65_HS1-834228961_62-HQ-83894_Section_7
Agency: FBI
Page 120
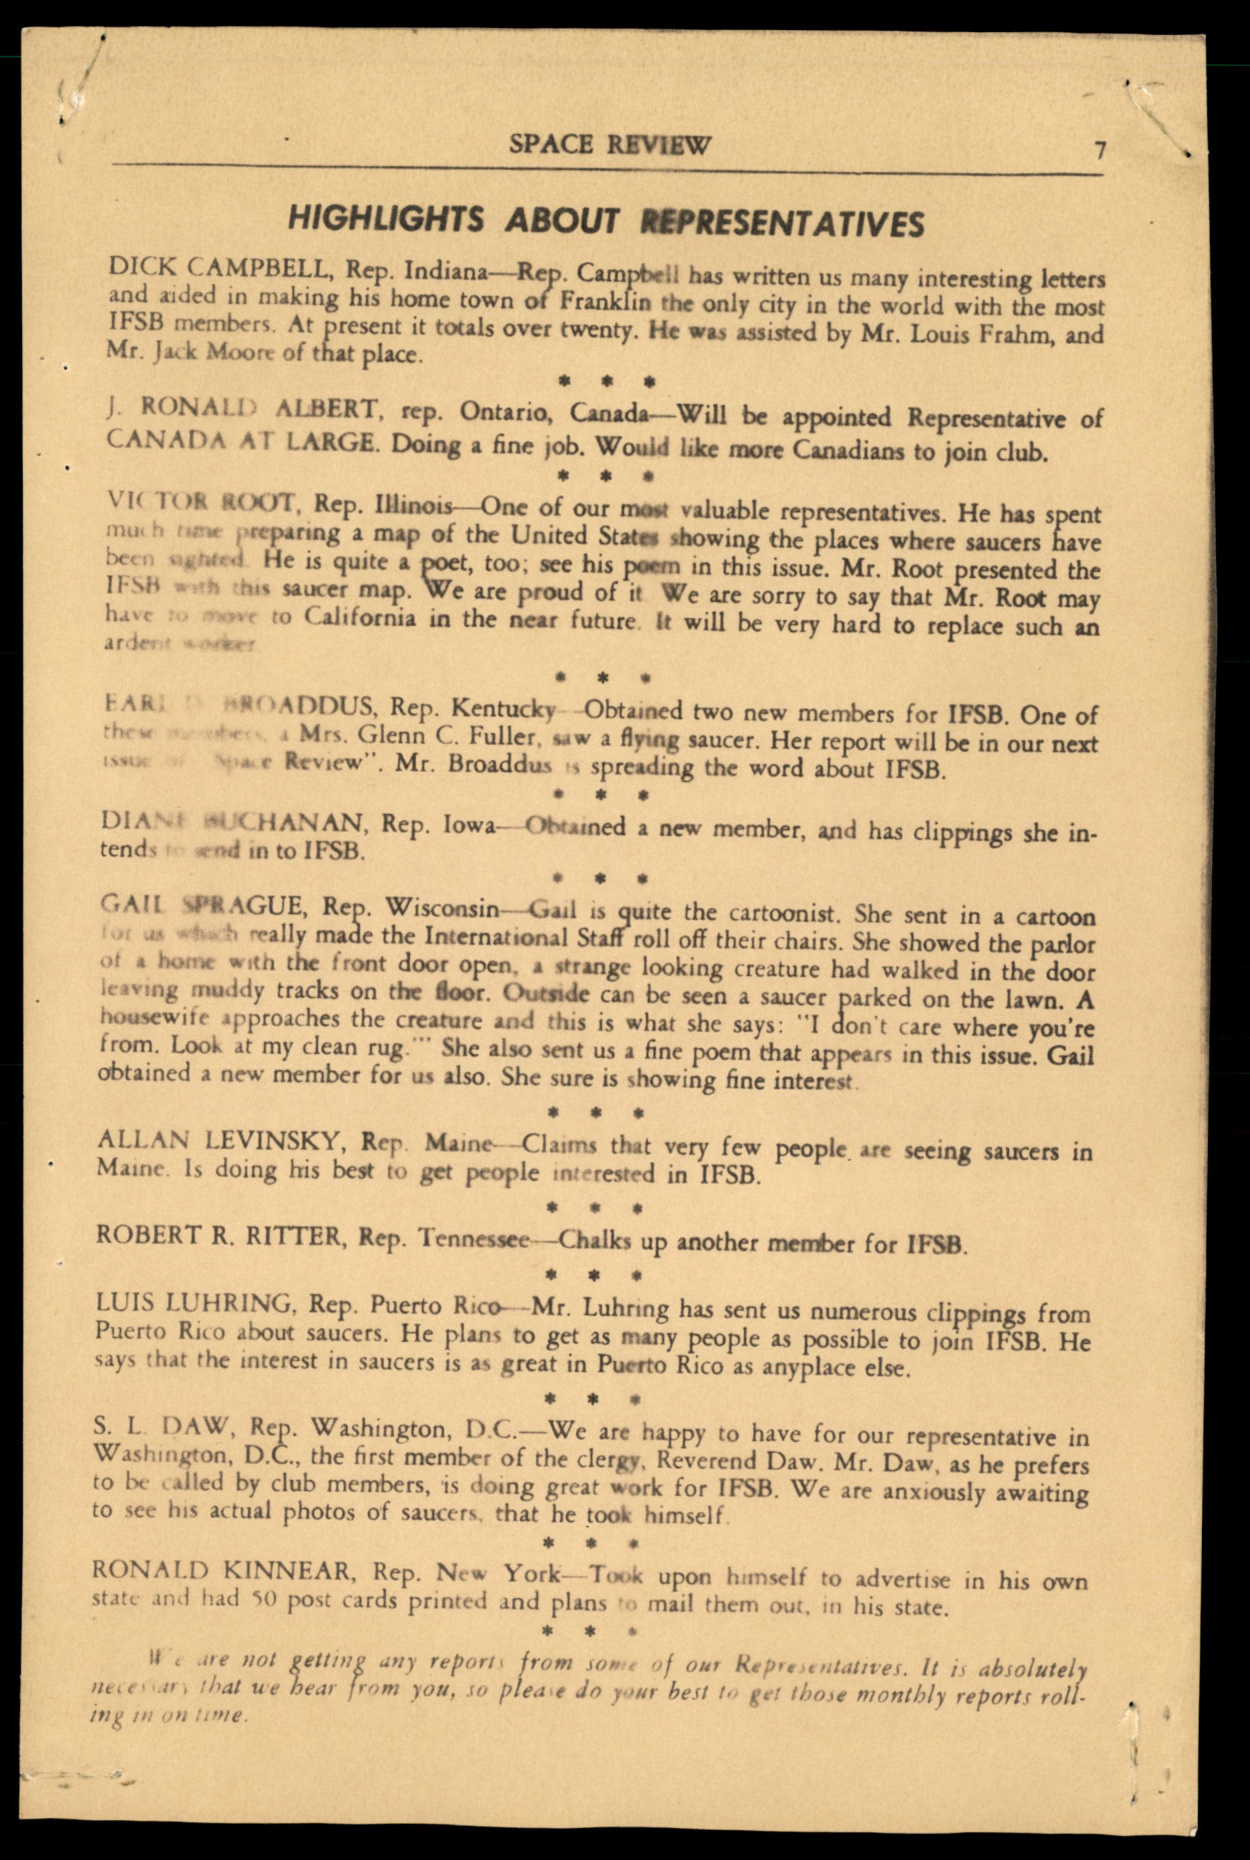